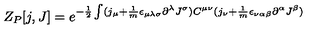
Z _ { P } [ j , J ] = e ^ { - \frac { 1 } { 2 } \int ( j _ { \mu } + \frac { 1 } { m } \epsilon _ { \mu \lambda \sigma } \partial ^ { \lambda } J ^ { \sigma } ) C ^ { \mu \nu } ( j _ { \nu } + \frac { 1 } { m } \epsilon _ { \nu \alpha \beta } \partial ^ { \alpha } J ^ { \beta } ) }